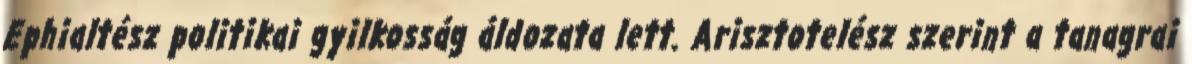
Ephialtész politikai gyilkosság áldozata lett. Arisztotelész szerint a tanagrai